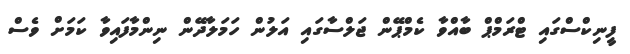
ފީނިކްސްގައި ޓްރަމްޕް ބާއްވާ ކެމްޕޭން ޖަލްސާގައި އަލުން ހަމަލާދޭން ނިންމާފައިވާ ކަމަށް ވެސް